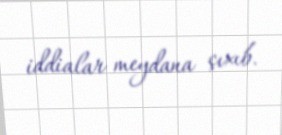
iddialar meydana çıxıb.